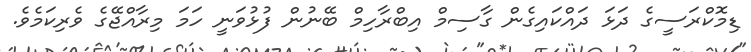
ޑިމޮކްރަސީގެ ދަޅަ ދައްކައިގެން ގާސިމް އިބްރާހިމް ބޭނުން ފުުޅުވަނީ ހަމަ މިރާއްޖޭގެ ވެރިކަމެވެ.